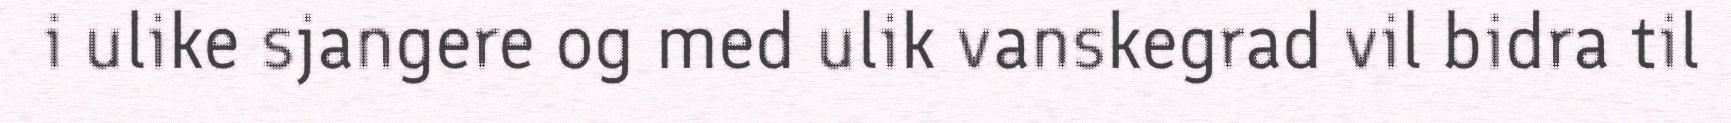
i ulike sjangere og med ulik vanskegrad vil bidra til